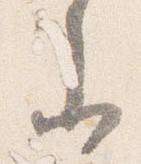
参